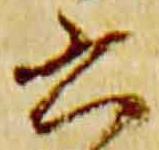
書